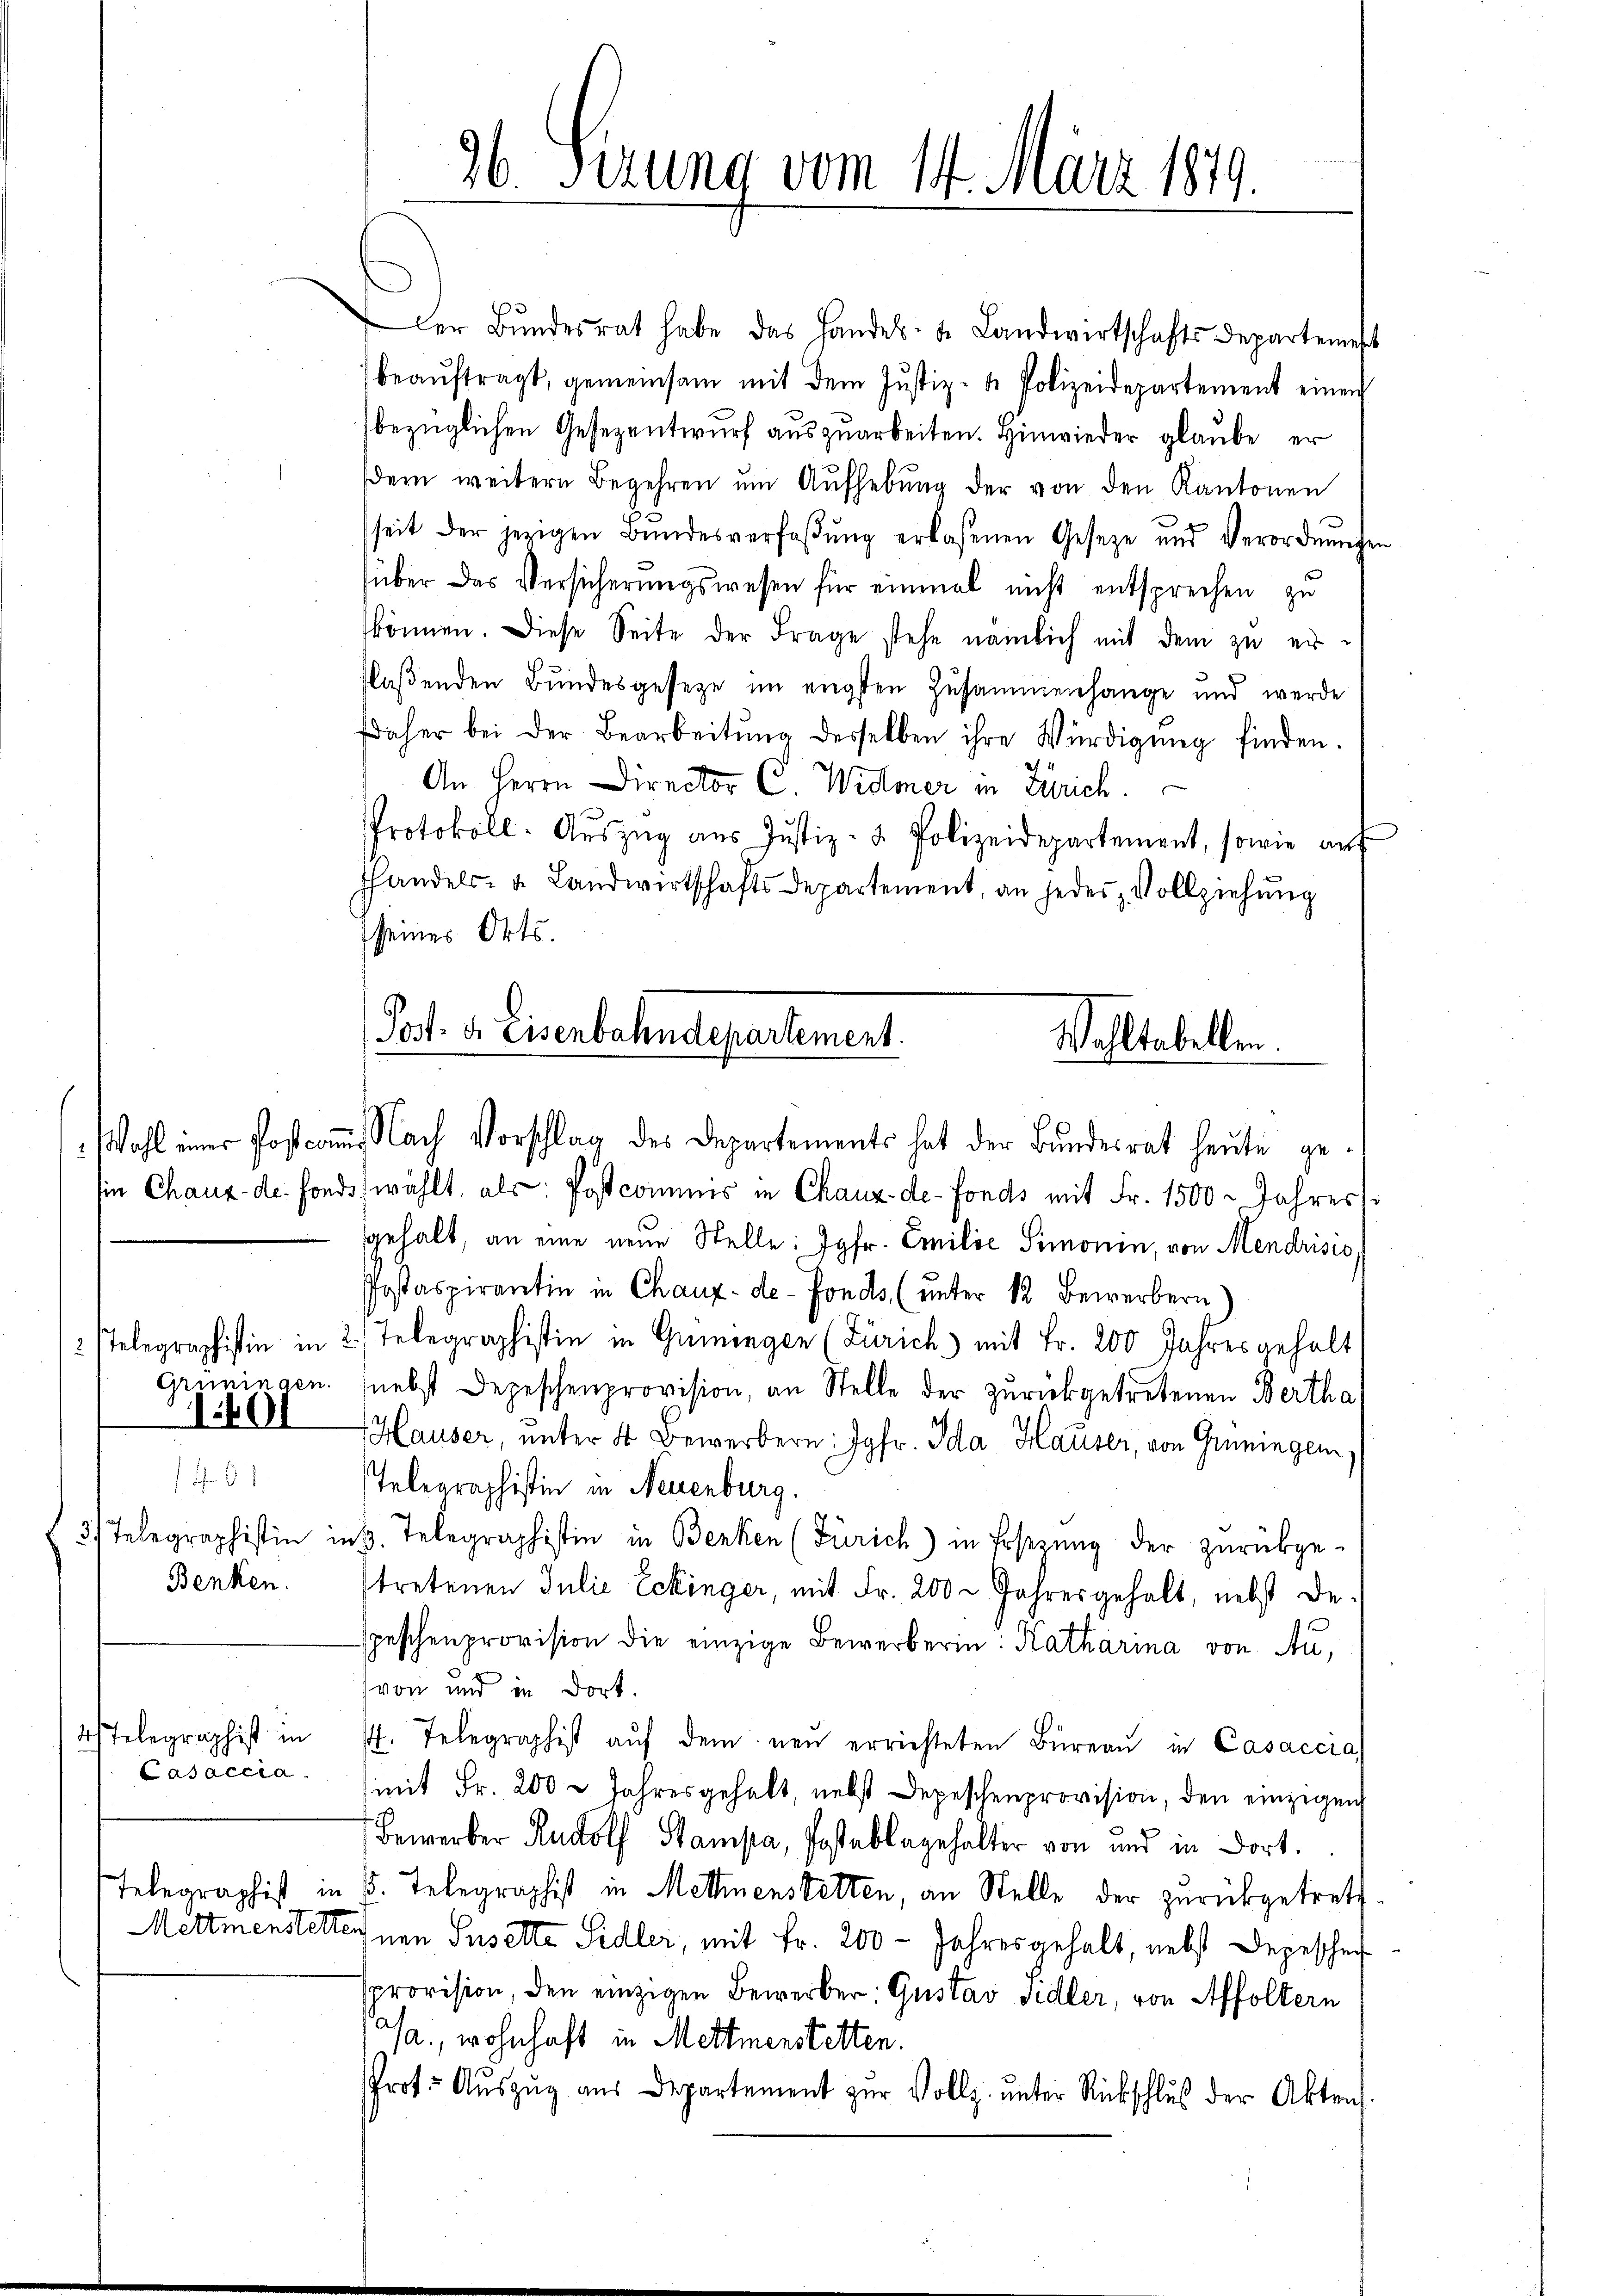
1401

37
Benken.

4 Telegraphist in
Casaccia

Der Bŭndesrat habe das Landels- u. Landwirtschafts Departemest
beaŭftragt, gemeinsam mit dem Justiz- & Polizeidepartement einen
bezüglichen Gesezentwurf auszuarbeiten. Hinwieder glaube, er
em weitern Begehren um Aufhebung der von den Kantonen
seit der jezigen Bŭndesverfaβŭng erlassenen Geseze und Verordnŭngen
süber das Versicherungswesen für einmal nicht entsprechen zu
können. Diese Seite der Frage stehe nämlich mit dem zu erflaßenden Bundesgesetze im engsten Zusammenhange und werde
daher bei der Bearbeitŭng desselben ihre Würdigŭng finden.
An Herrn Director C. Widmer in Zürich.
Protokoll- Aŭszŭg aŭs Justiz- & Polizeidepartement, sowie aŭf
hhandels- u. Landwirtschafts Departement, an jedes Vollziehung
seines Orts.
Pod. d. Eisenbahndepartement.
Wohltabellen.

36 Sizung vom 14. März 1879.

WWohl einer Postcomm. Nach Vorschlag des Departements hat der Bundesrat heute ge¬

ie Chaux de fondsfwählt, als: Postcommis in Chaux-de-Fonds mit Fr. 1500 = Jahres
sgehalt, an eine neue Stelle: Jgfr. Emilie Simonin, von Mendrisio
Postaspirantin in Chaux-de-Fonds, (unter 12 Bewerbern)
2 stelegraphistin in 2 Telegraphistin in Gemingen (Zürich) mit Fr. 200 Jahres gehalt
Grüningen. (nebst Depeschenprovision, an Stelle der zurückgetretenen Bertha
Hauser, unter 4 Bewerbern: Jgfr. Ida Hauser, von Gemingen
Telegraphistin in Neuenburg.
3. Telegraphistin ins. Telegraphistin in Benken (Zürich) in Ersezung der zurückge-
tretenen Julie Eckinger, mit Fr. 200 - Jahresgehalt, nebst de
peschenprovision die einzige Bewerberin: Katharina von Auvon und in dort.
. Telegraphist aŭf dem neŭ errichteten Büreaŭ in Casaccia
(mit Fr. 200 & Jahresgehalt, nebst Depeschenprovision, den einzigen
Bewerber Rudolf Stampa, Postablagehalter von und in dort.
Telegraphist in 6. Telegraphist in Mettmenstetten, an Stelle der zurückgetrete
Mettmenstetternen Suselte Sidler, mit Fr. 200 - Jahres gehalt, nebst Depescher
sprovision, den einzigen Bewerber: Gustav Sidler, von Affoltern
Ja., wohnhaft in Mettmenstetten.
Prot. Aŭszŭg aŭs Departement zŭr Vollz. ŭnter Rückschluß der Akten.